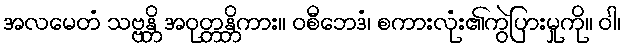
အလမေတံ သဗ္ဗန္တိ အဝုတ္တန္တိကား။ ဝစီဘေဒံ၊ စကားလုံး၏ကွဲပြားမှုကို။ ဝါ၊